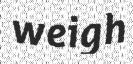
weigh